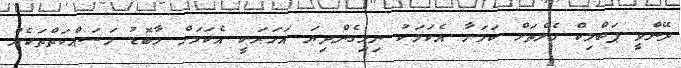
ދޭންވީ ޕަބްލިކް ހެލްތަށް ކަމަށާ އެކަމަކު ނިމިގެންދިޔަ އަހަރަކީ އެކަމަށް މާބޮޑު މަސައްކަތްތަކެއް